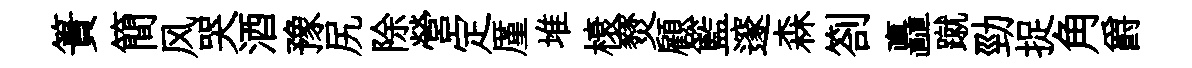
簣簡风哭酒豫尻除營定厪堆榱燹顧籃邃森劄矗蹴勁捉角爵